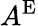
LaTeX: A^{\mathrm{E}}